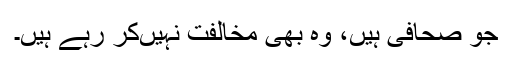
جو صحافی ہیں، وہ بھی مخالفت نہیںکر رہے ہیں۔